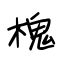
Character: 槐